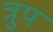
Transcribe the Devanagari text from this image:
त्रुप